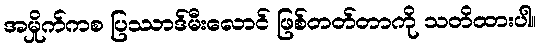
အမှိုက်ကစ ပြဿာဒ်မီးလောင် ဖြစ်တတ်တာကို သတိထားပါ။